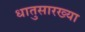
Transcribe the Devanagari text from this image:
धातुसारख्या